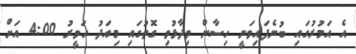
އެ އަމުރުގައި ބުނެފައިވަނީ ހިސާން ވިދާޅުވި ގޮތުގައި މިއަދު ހަވީރު 4:00 އަށް